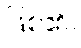
ဖြစ်၏။